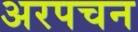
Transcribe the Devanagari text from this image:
अरपचन